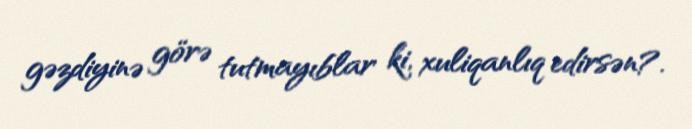
gəzdiyinə görə tutmayıblar ki, xuliqanlıq edirsən?.